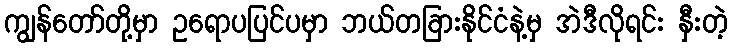
ကျွန်တော်တို့မှာ ဥရောပပြင်ပမှာ ဘယ်တခြားနိုင်ငံနဲ့မှ အဲဒီလိုရင်း နှီးတဲ့